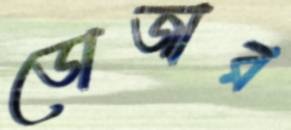
ডোজার